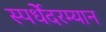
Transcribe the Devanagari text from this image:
स्पर्धेेदरम्यान